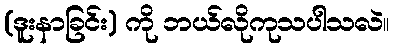
(ဒူးနာခြင်း) ကို ဘယ်လိုကုသပါသလဲ။